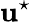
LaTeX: \mathbf{u}^{\star}